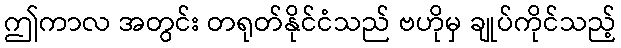
ဤကာလ အတွင်း တရုတ်နိုင်ငံသည် ဗဟိုမှ ချုပ်ကိုင်သည့်